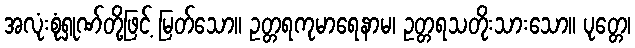
အလုံးစုံရှုဏ်တို့ဖြင့် မြတ်သော။ ဥတ္တရကုမာရေနာမ၊ ဥတ္တရသတိုးသားသော။ ပုတ္တေ၊